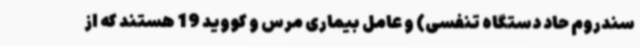
سندروم حاد دستگاه تنفسی) و عامل بیماری مرس و کووید 19 هستند که از